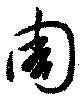
周